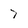
Character: 7